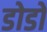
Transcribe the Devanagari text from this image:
डोडों